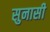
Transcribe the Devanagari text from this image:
सुनासी